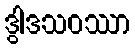
ဒွါဒသဝဿာ